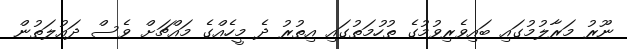
ނޫރު މަރާލުމުގައި ބައިވެރިވުމުގެ ތުހުމަތުގައި އިތުރު ދެ މީހެއްގެ މައްޗަށް ވެސް ދައުލަތުން